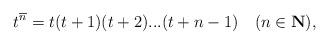
LaTeX: \begin{align*}t^{\overline{n}}=t(t+1)(t+2)...(t+n-1)\quad(n\in\mathbf{N}),\end{align*}